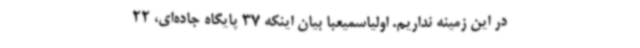
در این زمینه نداریم. اولیاسمیعبا بیان اینکه 37 پایگاه جاده‌ای، 22